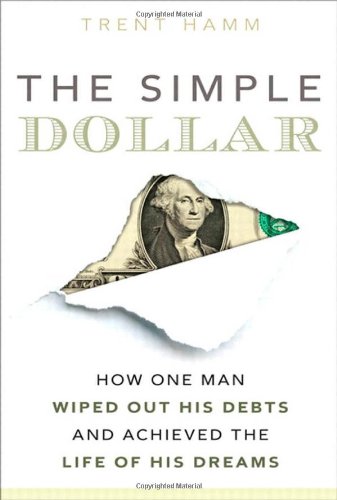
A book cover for The Simple Dollar: How One Man Wiped Out His Debts and Achieved the Life of His Dreams; Trent A. Hamm; Business & Money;